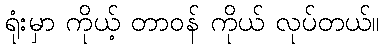
ရုံးမှာ ကိုယ့် တာဝန် ကိုယ် လုပ်တယ်။